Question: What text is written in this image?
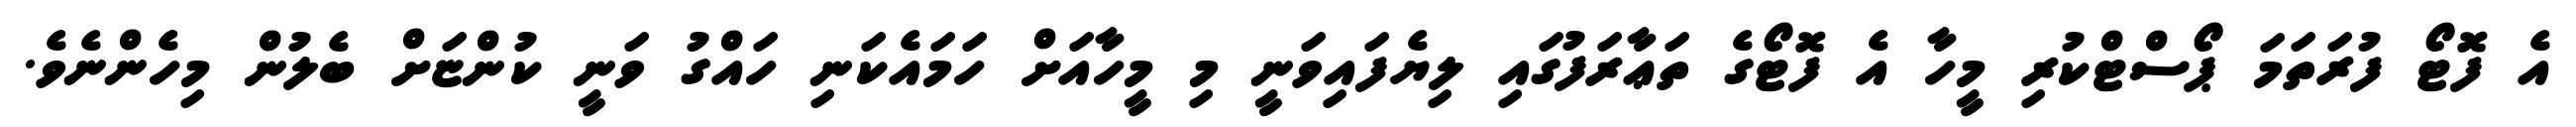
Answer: އެ ފޮޓޯ ފުރަތަމަ ޕޯސްޓްކުރި މީހާ އެ ފޮޓޯގެ ތަޢާރަފުގައި ލިޔެފައިވަނީ މި މީހާއަށް ހަމައެކަނި ހައްގު ވަނީ ކުންޏަށް ބެލުން މިހެންނެވެ.